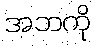
အဘကို